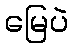
မြေပဲ